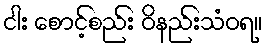
ငါး စောင့်စည်း ဝိနည်းသံဝရ။